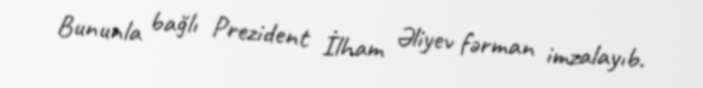
Bununla bağlı Prezident İlham Əliyev fərman imzalayıb.